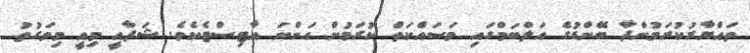
ތައްޔާރުކުރަމުންދާ ބޭންޑުގެ އަލްބަމްގައި މަސައްކަތް ކުރަމުން އަންނަ އާޓިސްޓެކެވެ. ޝަފާއީ މިއީ މިވަގުތު